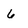
Character: 6